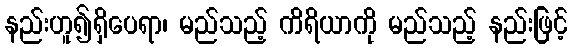
နည်းဟူ၍ရှိပေရာ၊ မည်သည့် ကိရိယာကို မည်သည့် နည်းဖြင့်